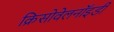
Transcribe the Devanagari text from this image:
क्रिसोवेलनॉइडी